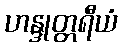
ဟန္ဒုတ္တရီယံ